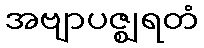
အဗျာပဇ္ဈရတံ